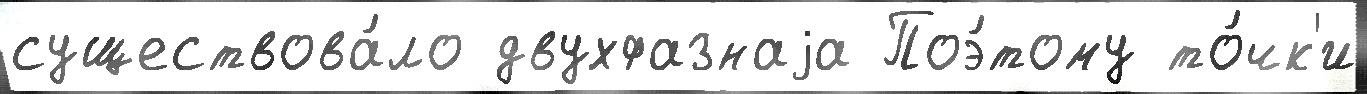
существова́ло двухфазнаjа Поэ́тому то́чк'и